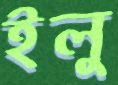
ইলু